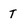
Character: T